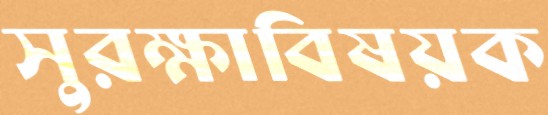
সুরক্ষাবিষয়ক